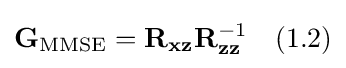
\mathbf {G} _{\mathrm {MMSE} }=\mathbf {R} _{\mathbf {xz} }\mathbf {R} _{\mathbf {zz} }^{-1}\quad {\text{(1.2)}}